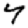
Digit: 4